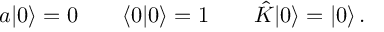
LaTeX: a | 0 \rangle = 0 \qquad \langle 0 | 0 \rangle = 1 \qquad \hat { \cal K } | 0 \rangle = | 0 \rangle \, .